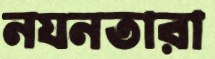
নযনতারা